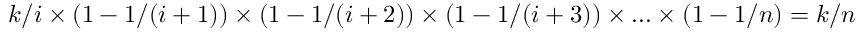
k / i \times ( 1 - 1 / ( i + 1 ) ) \times ( 1 - 1 / ( i + 2 ) ) \times ( 1 - 1 / ( i + 3 ) ) \times . . . \times ( 1 - 1 / n ) = k / n